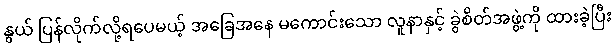
နွယ် ပြန်လိုက်လို့ရပေမယ့် အခြေအနေ မကောင်းသော လူနာနှင့် ခွဲစိတ်အဖွဲ့ကို ထားခဲ့ပြီး